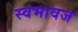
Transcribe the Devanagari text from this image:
स्वभावज